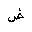
Letter: _dad